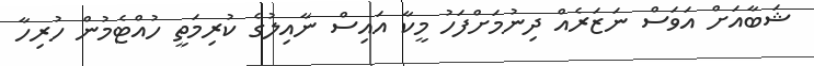
ޝަބާއަށް އަވަސް ނަޒަރެއް ދިނުމަށްފަހު މީކާ އައިސް ނާއިލުގެ ކުރިމަތީ ހުއްޓެމުން ހުރިހާ